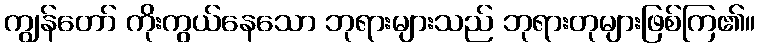
ကျွန်တော် ကိုးကွယ်နေသော ဘုရားများသည် ဘုရားတုများဖြစ်ကြ၏။